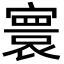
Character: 寰